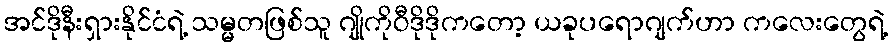
အင်ဒိုနီးရှားနိုင်ငံရဲ့ သမ္မတဖြစ်သူ ဂျိုကိုဝီဒိုဒိုကတော့ ယခုပရောဂျက်ဟာ ကလေးတွေရဲ့